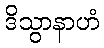
ဒိသွာနာဟံ